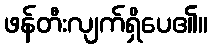
ဖန်တီးလျက်ရှိပေ၏။